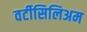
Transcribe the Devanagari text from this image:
वर्टीसिलिअम